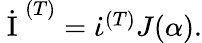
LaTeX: \begin{array}{r}{\dot{\mathrm{~I~}}^{(T)}=\dot{\iota}^{(T)}J(\alpha).}\end{array}